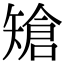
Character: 𥏲